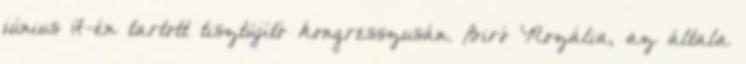
június 17-én tartott tisztújító kongresszusán. Biró Rozália, az általa